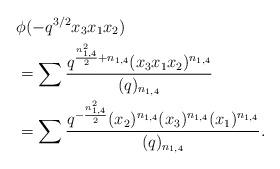
LaTeX: \begin{align*}&\phi(-q^{3/2} x_3 x_1 x_2)\\ &=\sum \frac{q^{\frac{n_{1,4}^{2}}{2}+n_{1,4}}(x_3 x_1 x_2)^{n_{1,4}}}{(q)_{n_{1,4}}}\\&=\sum \frac{q^{-\frac{n_{1,4}^{2}}{2}}(x_2)^{n_{1,4}}(x_3)^{n_{1,4}}(x_1)^{n_{1,4}}}{(q)_{n_{1,4}}}. \end{align*}